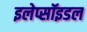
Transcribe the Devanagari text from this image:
इलेप्सॉइडल